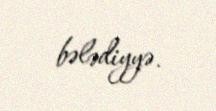
bələdiyyə.